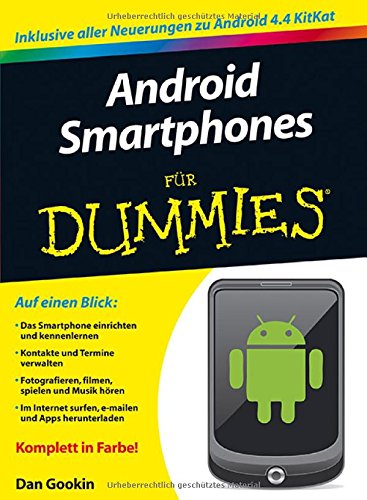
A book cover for Android Smartphones fur DummiesÂ® (FÃ¼r Dummies) (German Edition); Dan Gookin; Computers & Technology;